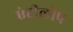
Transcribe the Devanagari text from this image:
एंटीलोप